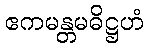
ဧကမန္တမဓိဋ္ဌဟံ